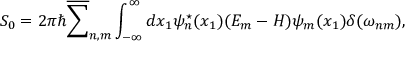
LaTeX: S _ { 0 } = 2 { \pi } { \hbar } \overline { { { \sum } } } _ { n , m } \int _ { - \infty } ^ { \infty } d x _ { 1 } { \psi } _ { n } ^ { \star } ( x _ { 1 } ) ( E _ { m } - H ) { \psi } _ { m } ( x _ { 1 } ) \delta ( { \omega } _ { n m } ) ,